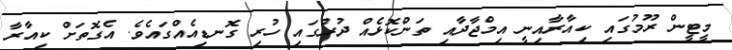
މީޓީން ރޫމުގައި ކިއާރާއިނީ އިމްޖާދާއި ތަންކޮޅެއް ދުރުގައި ހުރި ގޮނޑިއެއްގައެވެ. އެގޮތަށް ކިއާރާ